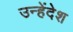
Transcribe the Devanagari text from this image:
उन्हेंदेश